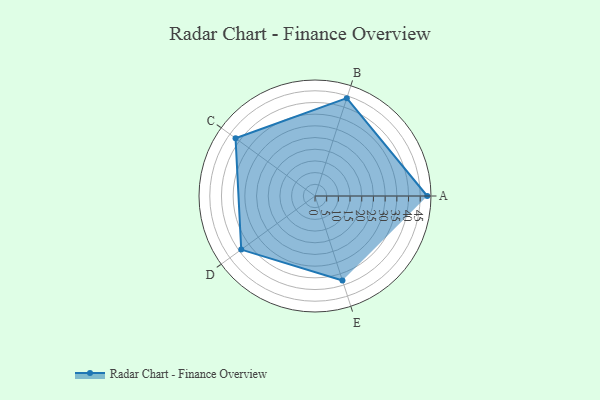
{"axis": {"x": "Skill", "y": "Score"}, "legend": ["Profile"], "data": [{"x": "A", "y": 48.0, "type": "Profile"}, {"x": "B", "y": 44.0, "type": "Profile"}, {"x": "C", "y": 42.0, "type": "Profile"}, {"x": "D", "y": 39.0, "type": "Profile"}, {"x": "E", "y": 38.0, "type": "Profile"}]}